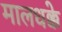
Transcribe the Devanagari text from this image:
मालधक्के